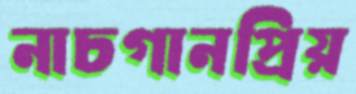
নাচগানপ্রিয়